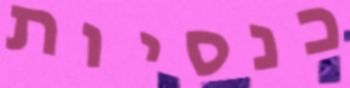
כנסיות